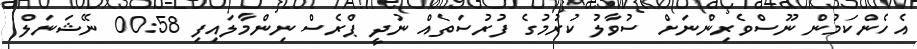
އެހެންކަމުން ނޫސްވެރިންނަށް ސުވާލު ކުރުމުގެ ފުރުސަތެއް ނުދީ ޕްރެސް ނިންމާލައިފި 00:58 ނޭޝަނަލް